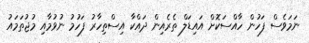
ނަމަވެސް ފަހުން ހާއްސަކޮށް އައިޑަލް ތެރެއިން ދައްކާ އިސްތިހާރު ފަހުމު ނުވުމާއި މުޖުތަމައު